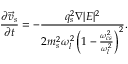
\frac { \partial \vec { v } _ { s } } { \partial t } = - \frac { q _ { s } ^ { 2 } \nabla | E | ^ { 2 } } { 2 m _ { s } ^ { 2 } \omega _ { l } ^ { 2 } \left( 1 - \frac { \omega _ { c s } ^ { 2 } } { \omega _ { l } ^ { 2 } } \right) ^ { 2 } } .